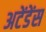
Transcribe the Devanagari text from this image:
अटेंडेंस